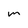
Character: m